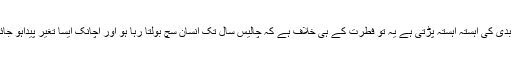
انسانی فطرت تو یہ ہے کہ ہر عادت خواہ نیکی کی ہو یا بدی کی آہستہ آہستہ پڑتی ہے یہ تو فطرت کے ہی خلاف ہے کہ چالیس سال تک انسان سچ بولتا رہا ہو اور اچانک ایسا تغیر پیداہو جائے کہ انسان خدا کے بارے میں جھوٹ بولنے لگ جائے۔